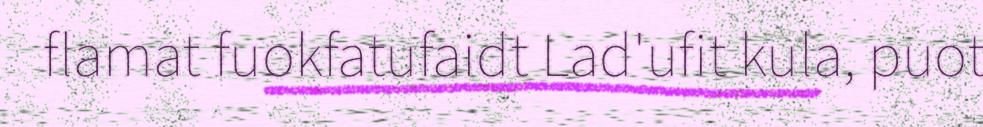
flamat fuokfatufaidt Lad'ufit kula, puot